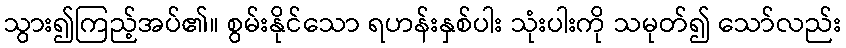
သွား၍ကြည့်အပ်၏။ စွမ်းနိုင်သော ရဟန်းနှစ်ပါး သုံးပါးကို သမုတ်၍ သော်လည်း